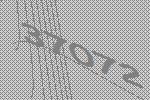
37072